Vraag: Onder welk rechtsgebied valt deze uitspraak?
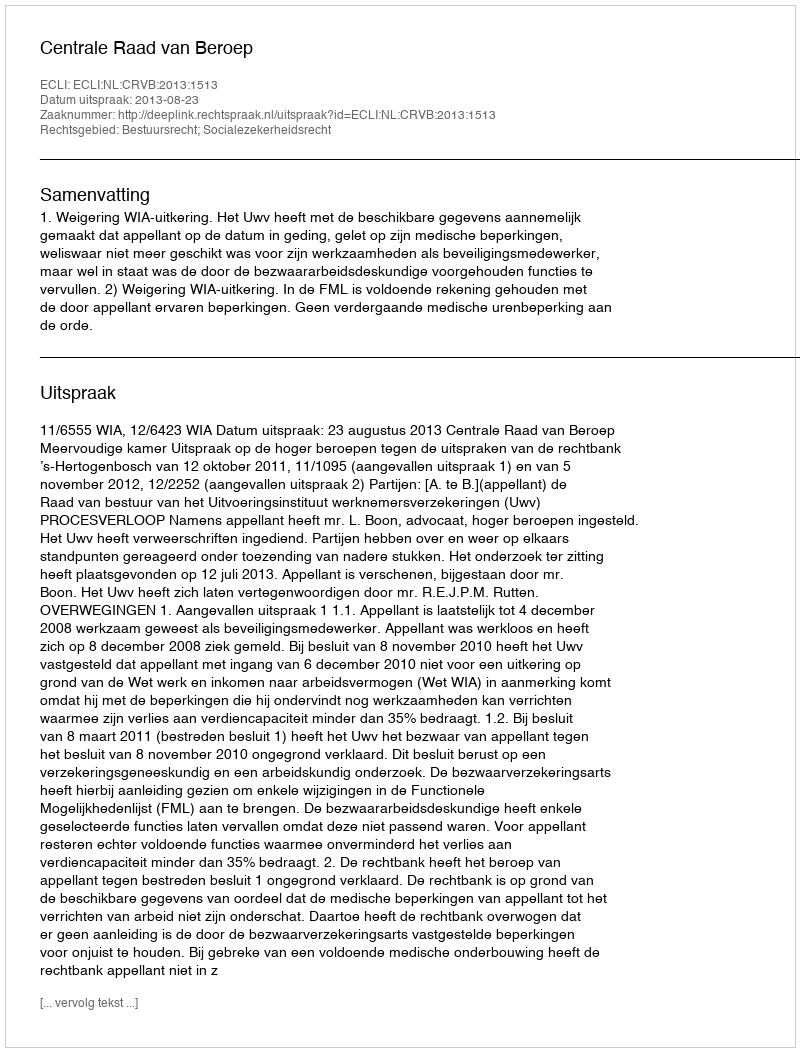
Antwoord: Bestuursrecht; Socialezekerheidsrecht